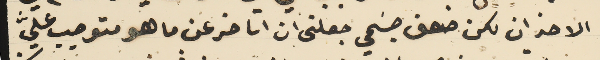
الاحزان لكن ضعف جسَمي جعلنى ان اتاخر عن ما هو متوجب عليَّ